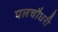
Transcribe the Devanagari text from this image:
पलचौधरी